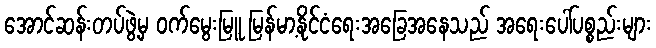
အောင်ဆန်းတပ်ဖွဲ့မှ ဝက်မွေးမြူ မြန်မာ့နိုင်ငံရေးအခြေအနေသည် အရေးပေါ်ပစ္စည်းများ